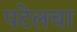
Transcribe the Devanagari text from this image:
पटेलचा